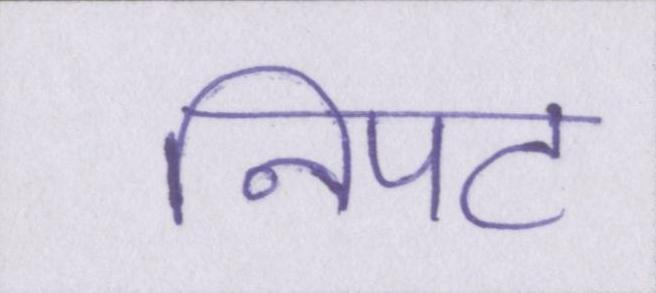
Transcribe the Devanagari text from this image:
निपट